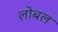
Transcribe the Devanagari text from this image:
लोबल